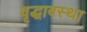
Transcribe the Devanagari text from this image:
वृद्धावस्‍था